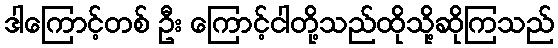
ဒါကြောင့်တစ် ဦး ကြောင့်ငါတို့သည်ထိုသို့ဆိုကြသည်